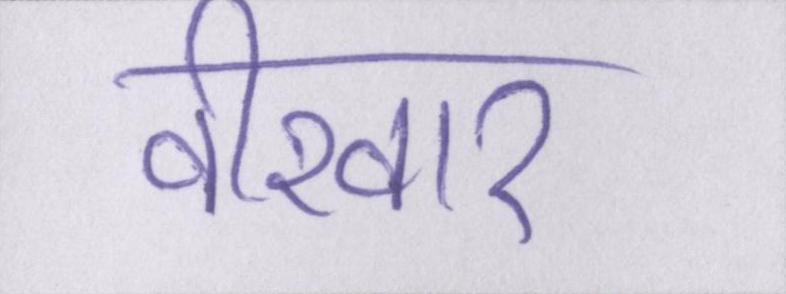
वीरवार